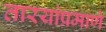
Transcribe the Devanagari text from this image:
तारयांप्रमाणे